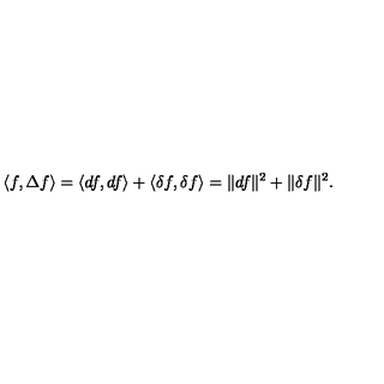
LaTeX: \langle f , \Delta f \rangle = \langle d f , d f \rangle + \langle \delta f , \delta f \rangle = \| d f \| ^ { 2 } + \| \delta f \| ^ { 2 } .